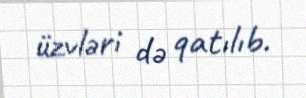
üzvləri də qatılıb.